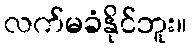
လက်မခံနိုင်ဘူး။